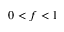
0 < f < 1